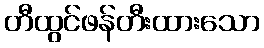
တီထွင်ဖန်တီးထားသော